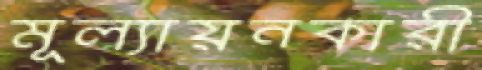
মূল্যায়নকারী